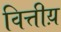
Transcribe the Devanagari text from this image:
वित्तीय़